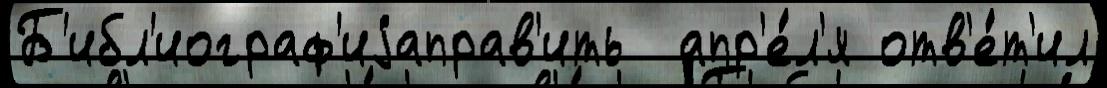
Б'ибл'иограф'иjаправ'ить  апр'е́л'я отв'е́т'ил